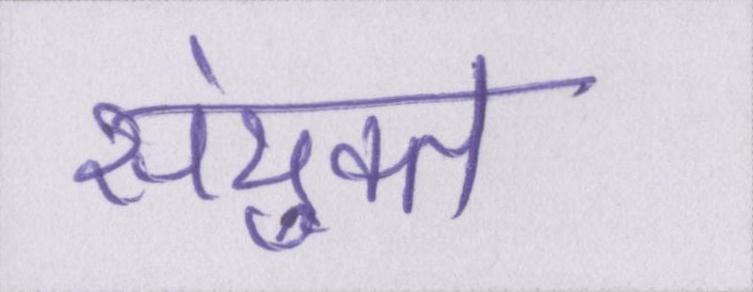
संयुक्त